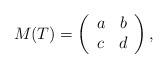
LaTeX: \begin{align*}M(T) = \left( \begin{array}{cc} a & b \\ c& d\end{array} \right), \end{align*}